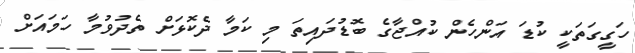
ހަގީގަތަކީ ކުޑަ އަންހެން ކުއްޖާގެ ބޮޑުދައިތަ މި ކަމާ ދެކޮޅަށް ތެދުވުމާ ހަމައަށް